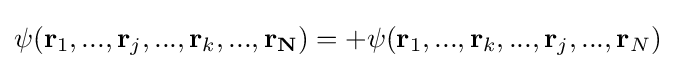
\psi (\mathbf {r} _{1},...,\mathbf {r} _{j},...,\mathbf {r} _{k},...,\mathbf {r_{N}} )=+\psi (\mathbf {r} _{1},...,\mathbf {r} _{k},...,\mathbf {r} _{j},...,\mathbf {r} _{N})